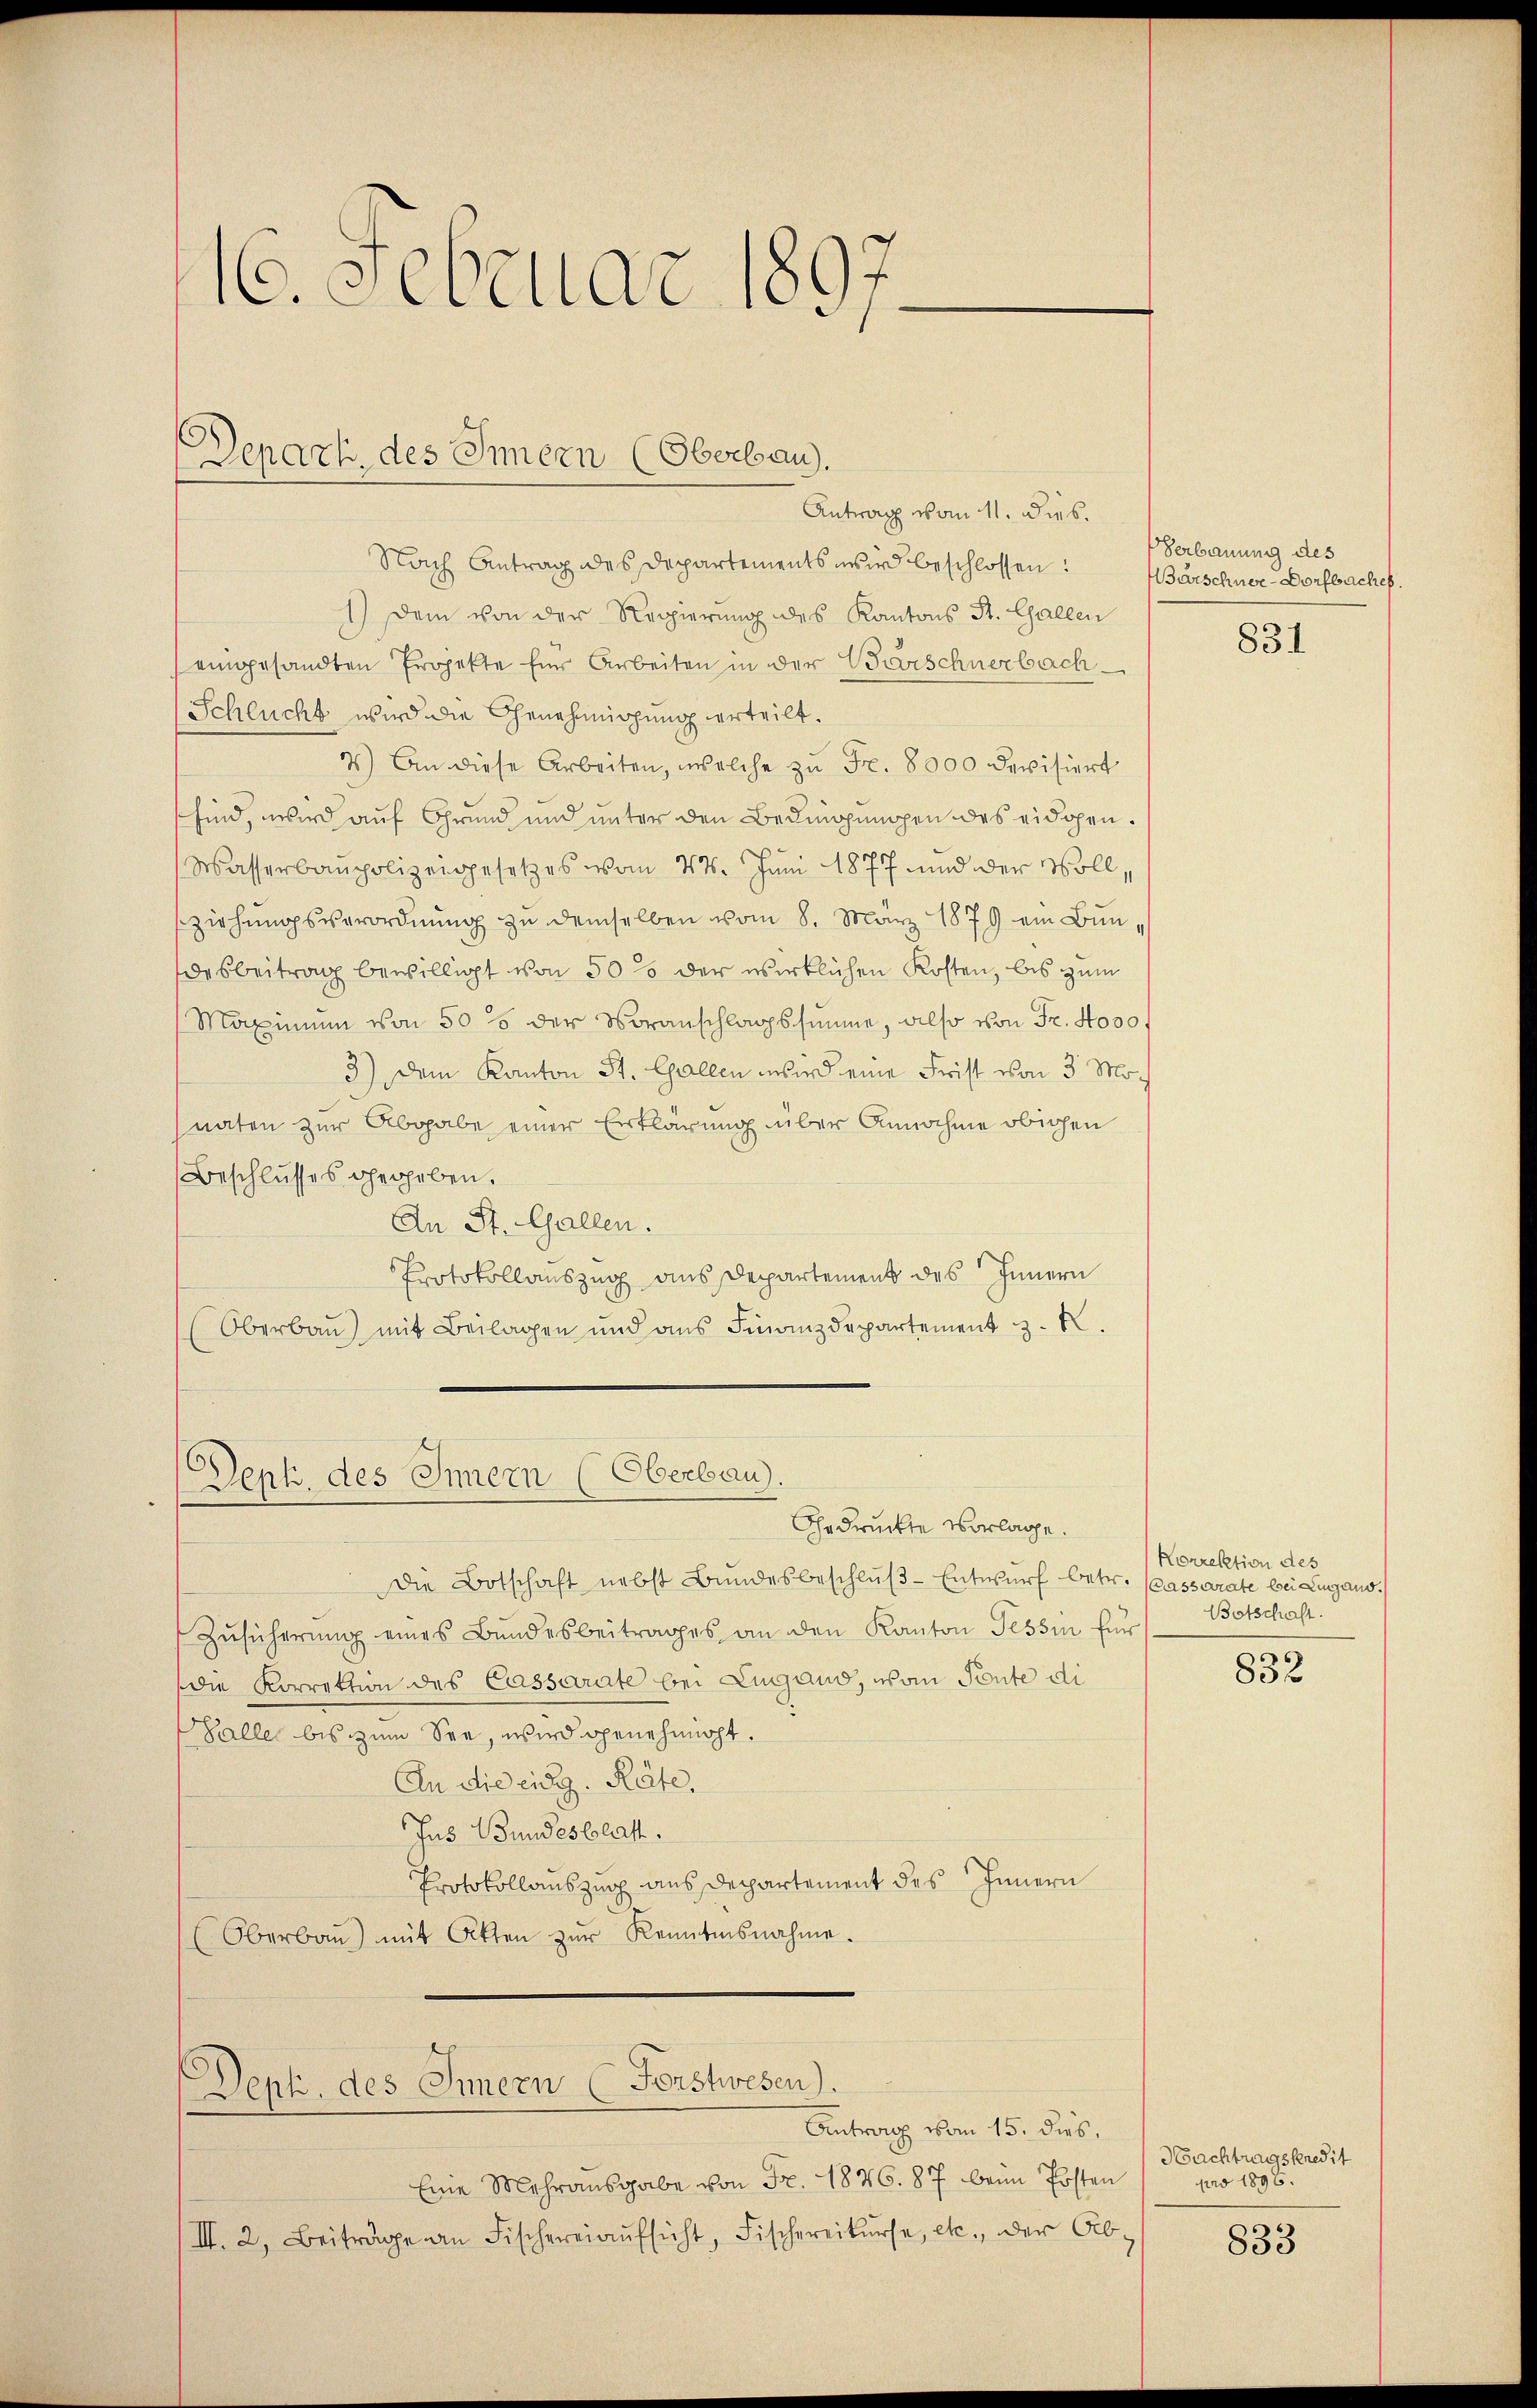
16. Februar 186

Depart, des Innern (Oberbau.
Antrag vom 11. dies.

Nach Antrag des Departements wird beschlossen:
1.) Dem von der Regierung des Kantons St. Gallen
eingesandten Projekte für Arbeiten in der Barschnerbach¬
Schlucht wird die Genehmigung erteilt.
4) An diese Arbeiten, welche zŭ Fr. 8000 Revisiert
sind, wird auf Grund und unter den Bedingungen des eidgen.
Wasserbaupolizeigesetzes vom 24. Juni 1877 und der Vollsziehungsverordnung zu demselben vom 8. März 1879 ein Bundesbeitrag bewilligt von 500 der wirklichen Kosten, bis zum
Maximum von 50 5 der Voranschlagssumme, also von Fr. 4000 f
3) Dem Kanton St. Gallen wird eine Frist von 3 Moch
naten zur Abgabe einer Erklärung über Annahme obigen
Beschlusses gegeben.
An St. Gallen.
Protokollauszug aus Departement des Innern
(Oberbau mit Beilagen und ans Finanzdepartement . .

Dept. des Innern (Oberbau.
Gedruckte Vorlage.

Die Botschaft nebst Bundesbeschlŭβ-Entwurf betr. Cassarate bei Lugano.
Zŭsicherŭng eines Bundesbeitrages an den Kanton Tessin für
die Korrektion des Cassarate bei Lugand, vom Tante di
alle bis zum See, wird genehmigt.
An die eidg. Räte,
Jus Bundesblatt.
Protokollauszug aus Departement des Innern
(Oberbaŭ) mit Atten zŭr Kenntnisnahme.

Dept. des Innern (Forstwesen).

Antrag vom 15. dies,
Eine Mehrausgabe von Fr. 1876. 87 beim Posten
III. 2. Beiträge an Fischereiaŭfsicht, Fischereikŭrse, etc., der Ab-

Verbauung des
Barschnee-Dorfbaches

831

Korrektion des
Botschaft.

832

Nachtragskredit
pro 1896.

833